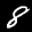
Label: 8